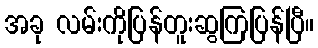
အခု လမ်းကိုပြန်တူးဆွကြပြန်ပြီ။